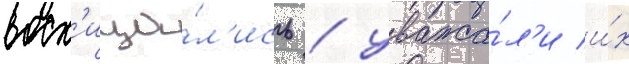
восх'ища́л'ись / уважа́л'и и́х